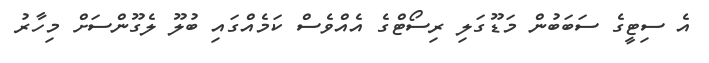
އެ ސިޓީގެ ސަބަބުން މަޑޫގަލި ރިސޯޓްގެ އެއްވެސް ކަމެއްގައި ބުލޫ ލެގޫންސަށް މިހާރު